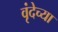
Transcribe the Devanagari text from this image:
वृंदेच्या